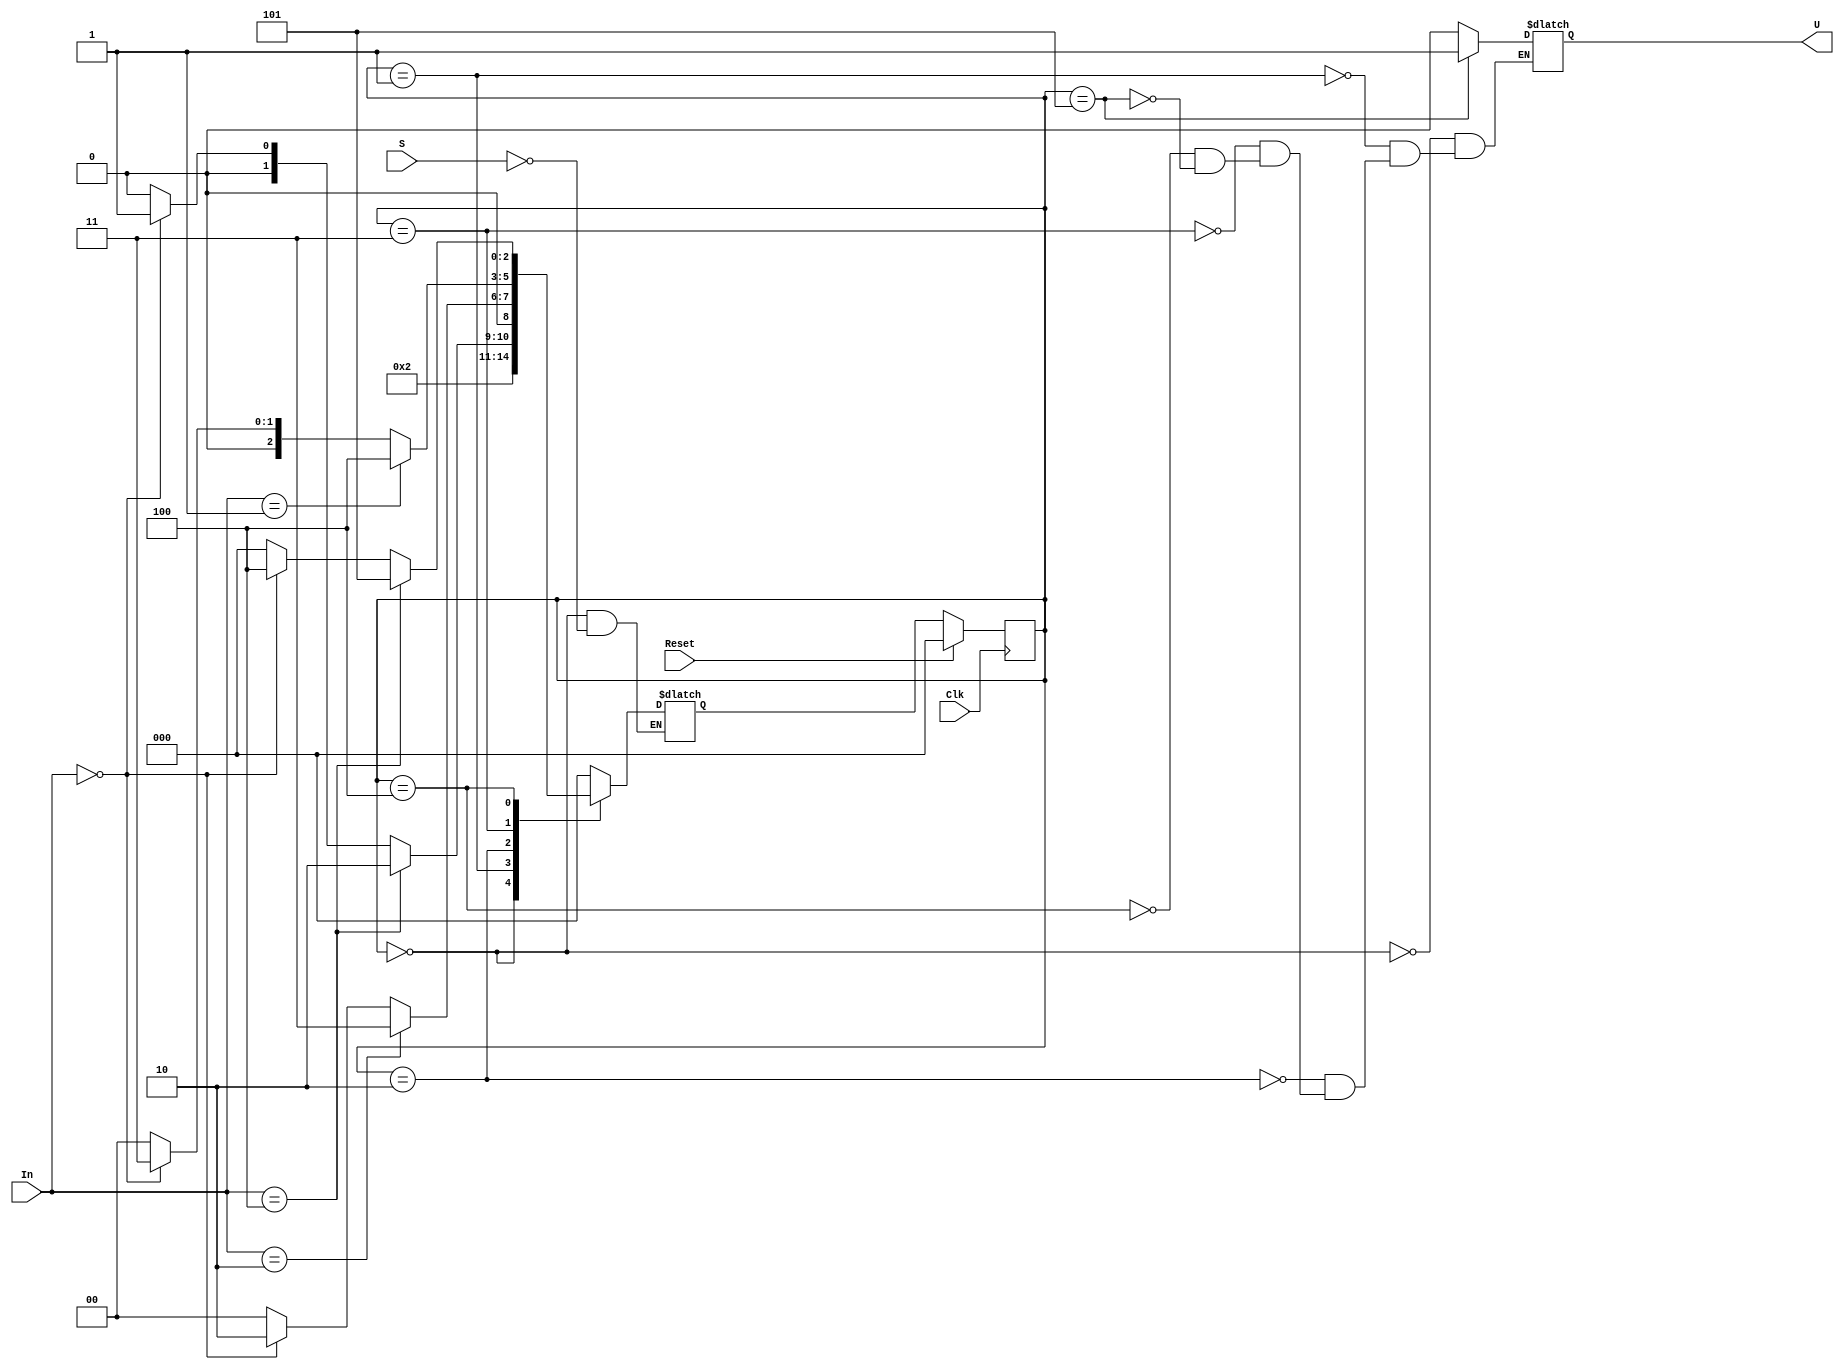
`timescale 1 ns/1 ns

module CodeDetector(S, In, U, Clk, Reset);

	input S;
	input [2:0] In;
	output reg U;
	input Clk, Reset;
 
	// State encoding
	parameter Wait = 0, Start = 1,
		  Red1 = 2, Blue = 3,
		  Green = 4, Red2 = 5;
             
	reg [2:0] State, StateNext;
   
	// State Register 
	always @(posedge Clk) begin
		if (Reset == 1) begin // Synchronous Reset
			State <= Wait;
		end
		else begin
			State <= StateNext;
		end
	end

	// Combinational Logic
	always @(State, S, In) begin
		case(State)
		Wait: begin
			U <= 0;
			if(S == 1'b1) begin
				StateNext <= Start;
			end
		end
		Start: begin
			U <= 0;
			if(In == 3'b100) begin // red-blue'-green'
				StateNext <= Red1;
			end
			else if(In == 3'b000) begin
				StateNext <= Start;
			end
			else begin
				StateNext <= Wait;
			end
		end
		Red1: begin
			U <= 0;
			if(In == 3'b010) begin // red'-blue-green'
				StateNext <= Blue;
			end
			else if(In == 3'b000) begin
				StateNext <= Red1;
			end
			else begin
				StateNext <= Wait;
			end
		end
		Blue: begin
			U <= 0;
			if(In == 3'b001) begin // red'-blue'-green
				StateNext <= Green;
			end
			else if(In == 3'b000) begin
				StateNext <= Blue;
			end
			else begin
				StateNext <= Wait;
			end
		end
		Green: begin
			U <= 0;
			if(In == 3'b100) begin // red-blue'-green'
				StateNext <= Red2;
			end
			else if(In == 3'b000) begin
				StateNext <= Green;
			end
			else begin
				StateNext <= Wait;
			end
		end
		Red2: begin
			U <= 1;
			StateNext <= Wait;
		end
		default: begin // initialize input ports and go to Wait state
			StateNext <= Wait;
		end
		endcase
	end
endmodule